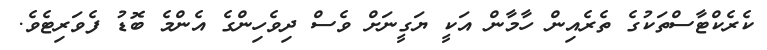
ކެރެކްޓާސްތަކުގެ ތެރެއިން ހާމާން އަކީ ޔަގީނަށް ވެސް ދިވެހިންގެ އެންމެ ބޮޑު ފެވަރިޓެވެ.